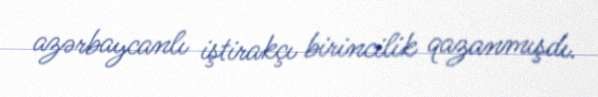
azərbaycanlı iştirakçı birincilik qazanmışdı.